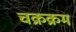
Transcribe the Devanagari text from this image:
चक्रक्रम